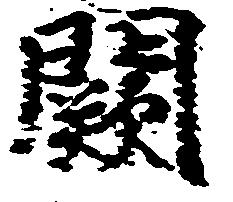
闕